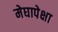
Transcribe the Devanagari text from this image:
मेघापेक्षा